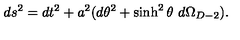
d s ^ { 2 } = d t ^ { 2 } + a ^ { 2 } ( d \theta ^ { 2 } + \sinh ^ { 2 } \theta \ d \Omega _ { D - 2 } ) .